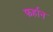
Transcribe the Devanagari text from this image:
फर्हान